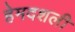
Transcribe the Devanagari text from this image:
हेमदशली